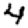
Digit: 4